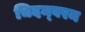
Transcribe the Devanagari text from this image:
चिदम्‍बरम